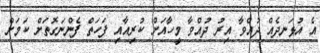
އެ އުޅަނދެއް ދުއްވާ އިރު ދުއްވާ މީހާއަށް ކުރިއާއި ފަހަތް ފެންނަގޮތަށް ކަމަށް